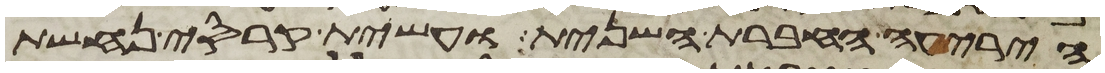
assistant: היריעה החברת השנית ועשית קרסי נחשת